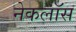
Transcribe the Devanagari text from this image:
नेकलॉस